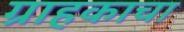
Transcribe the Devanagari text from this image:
ग्राहकाचा